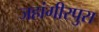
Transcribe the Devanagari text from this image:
जहांगीरपुरा